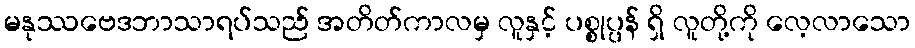
မနုဿဗေဒဘာသာရပ်သည် အတိတ်ကာလမှ လူနှင့် ပစ္စုပ္ပန် ရှိ လူတို့ကို လေ့လာသော